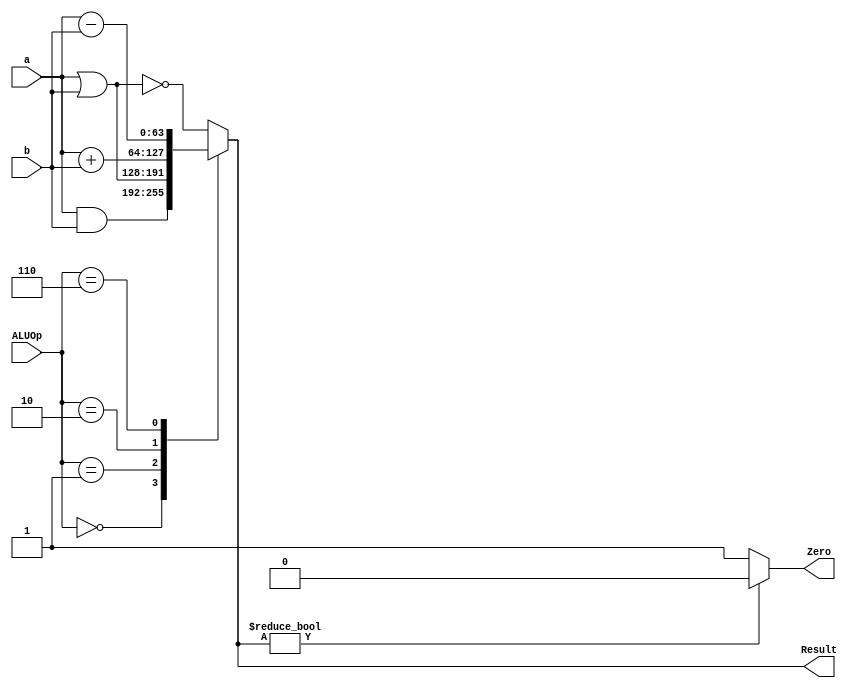
module ALU_64_bit
(
  input [63:0] a,
  input [63:0] b,
  input [3:0] ALUOp,
  output reg [63:0] Result,
  output reg Zero
  
);
  always @(*)
    begin
      case({ALUOp})
        4'h0 : Result <= a & b;
        4'h1 : Result <= a | b;
        4'h2 : Result <= a + b;
        4'h6 : Result <= a	- b;
        default : Result <= ~(a | b);
      endcase
    Zero = Result?0:1;
    end

endmodule